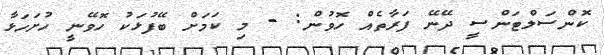
ކޮންސަލްޓަންސީ ދޭނޭ ފަރާތެއް ހޮވުން: - މި ކަމަށް ބޭފުޅަކު ހޮވޭނީ ހުށަހަޅާ